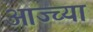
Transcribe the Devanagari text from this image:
आज्च्या